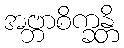
အဗ္ဘာစိက္ခန္တိ